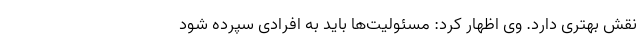
نقش بهتری دارد. وی اظهار کرد: مسئولیت‌ها باید به افرادی سپرده شود